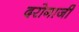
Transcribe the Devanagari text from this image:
दरोगाजी